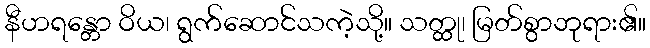
နီဟရန္တော ဝိယ၊ ရွက်ဆောင်သကဲ့သို့။ သတ္ထု၊ မြတ်စွာဘုရား၏။